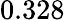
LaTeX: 0.328